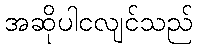
အဆိုပါငလျင်သည်